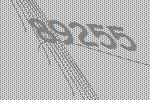
89255